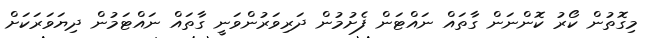
މިގޮތުން ކޯރު ކޮންނަން ގާތައް ނައްޓަން ފެށުމުން ދަރިވަރުންވަނީ ގާތައް ނައްޓަމުން ދިޔަވަރަކަށް